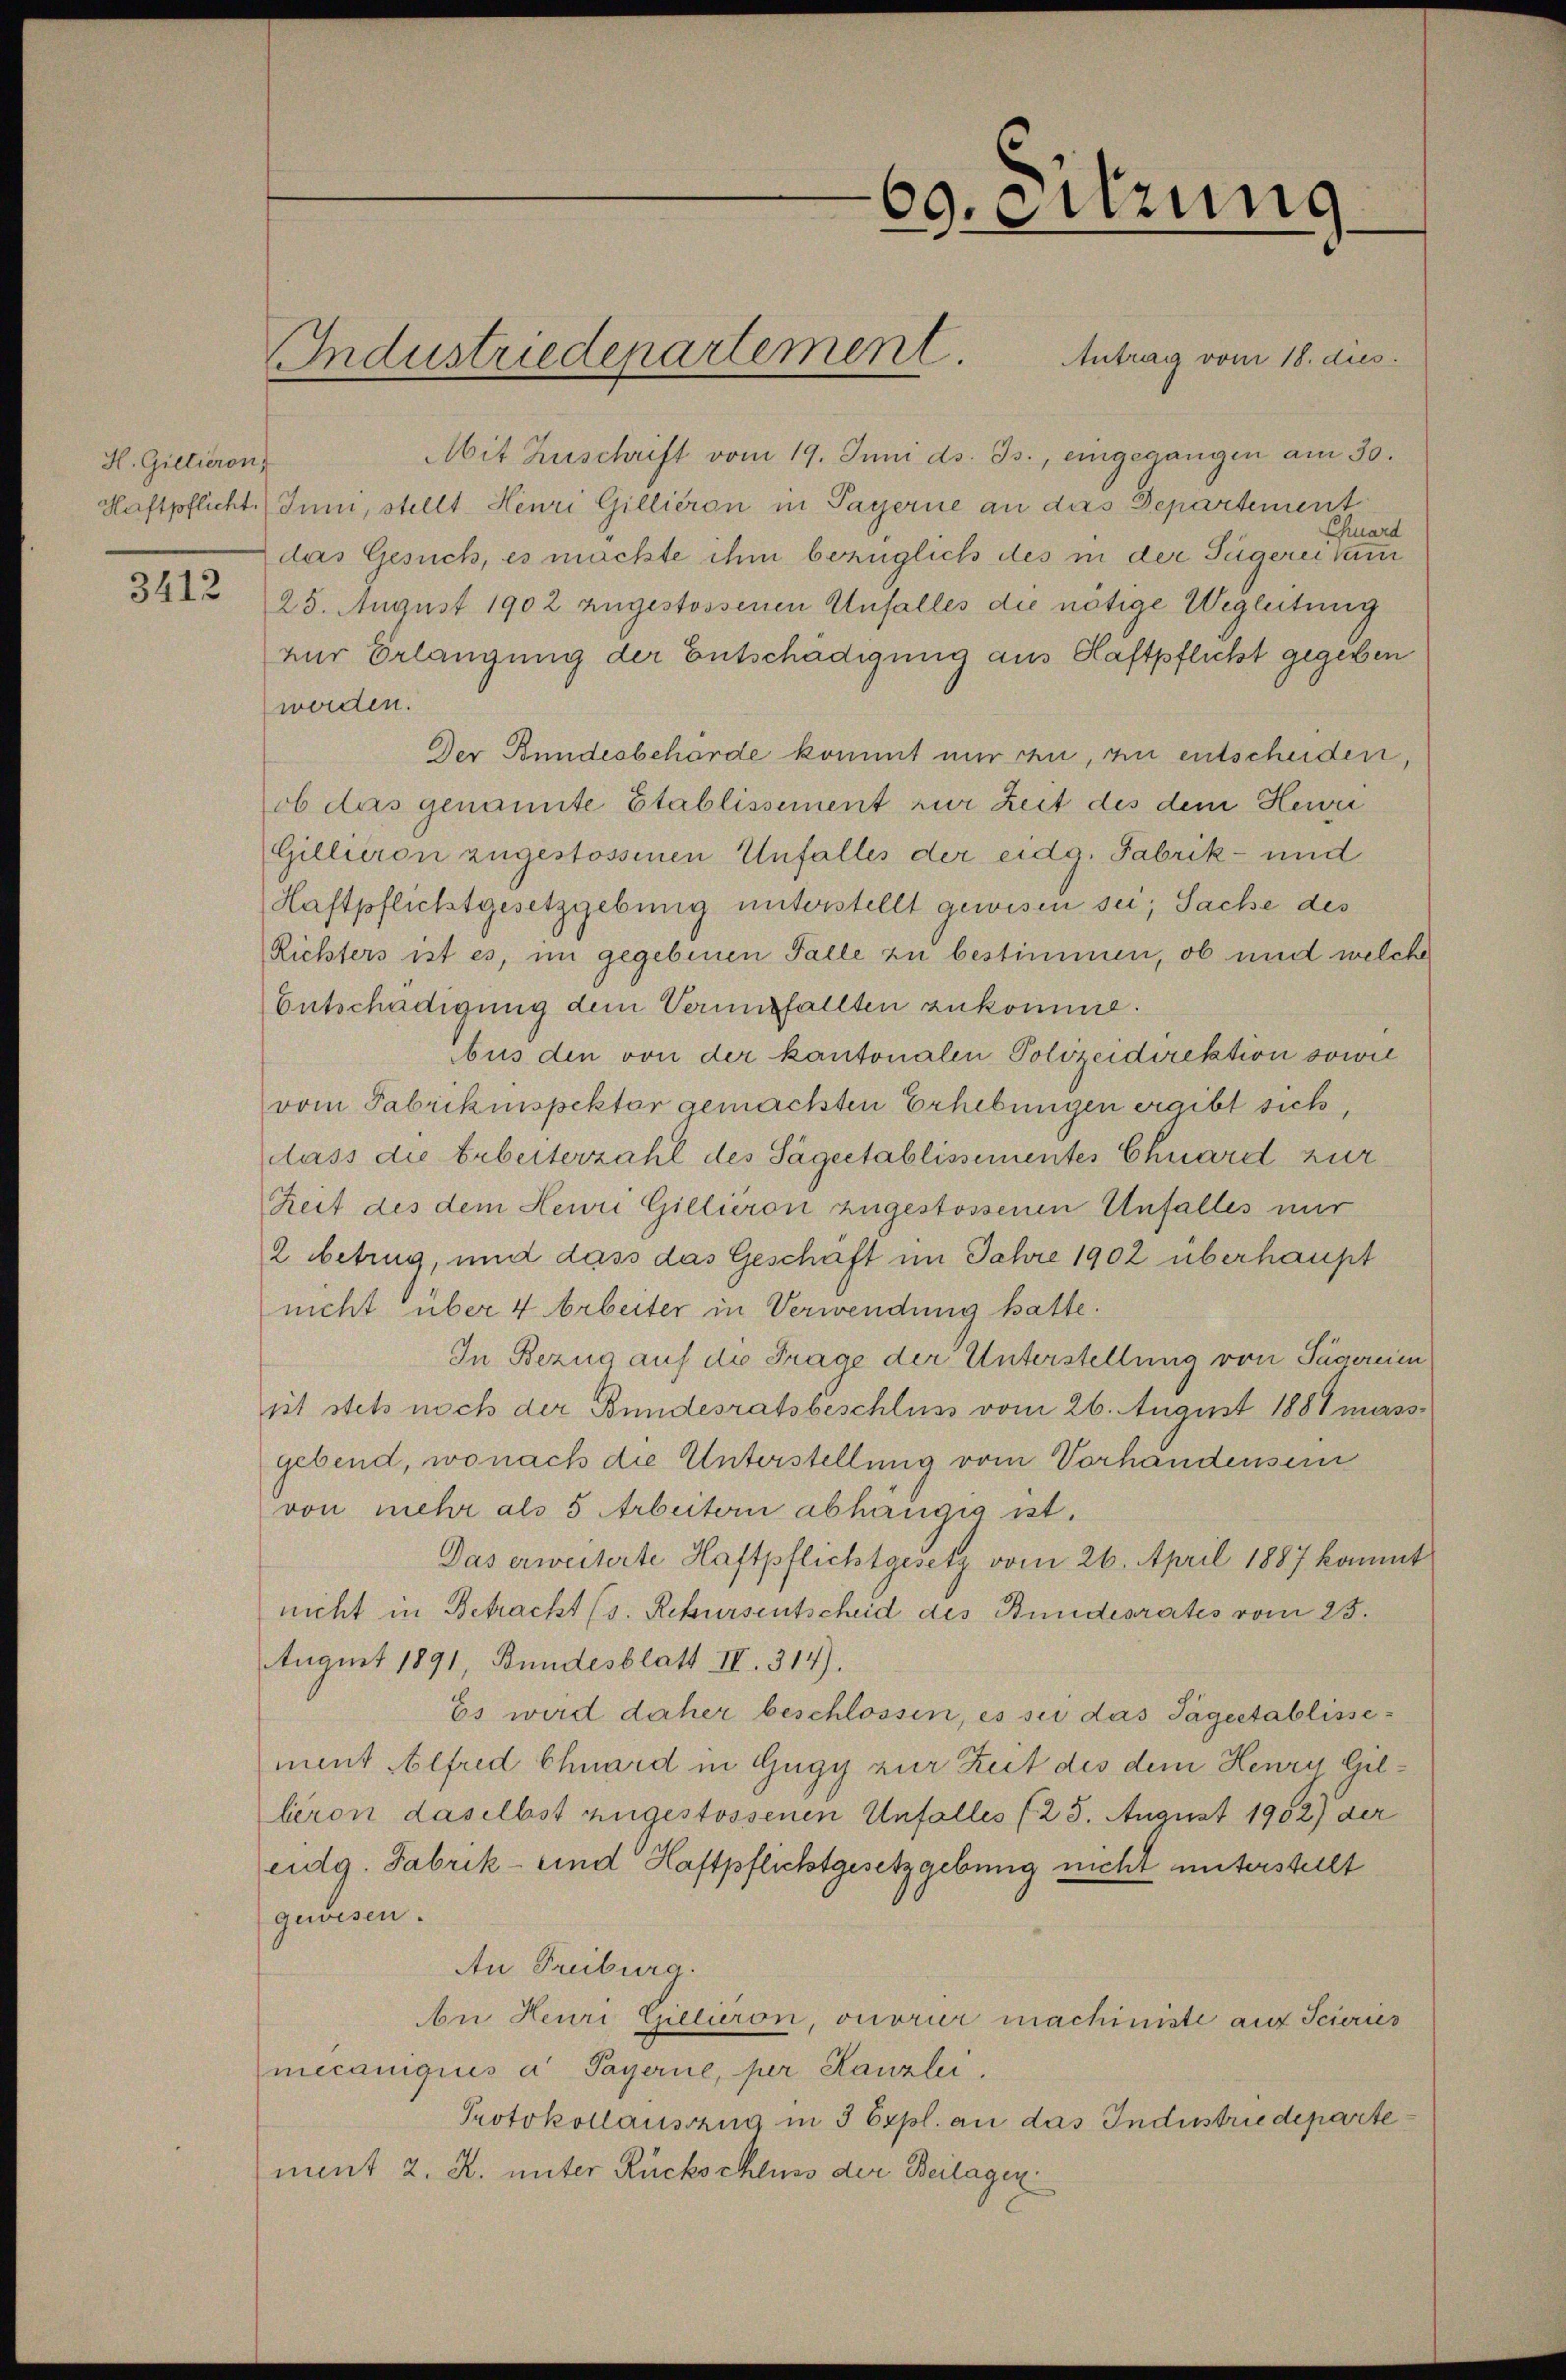
H. Gillieron,

3412

Mit Zuschrift vom 19. Juni d. Js., eingegangen am 30.
Haftpflicht. (Inni, stellt Henri Gillieron in Payerne an das Departement
Chuard
das Gesuch, es machte ihm bezüglich des in der Sägerei kam
25. August 1902 zugestossenen Unfalles die nötige Wegleitung
zur Erlangung der Entschädigung aus Haftpflicht gegeben
werden.
Der Bundesbehörde kommt nur zu, zu entscheiden,
ob das genannte Etablissement zur Zeit des dem Heuri
Gillieron zugestossenen Unfalles der eidg. Fabrik- und
Haftpflichtgesetzgebung unterstellt gewisen sei; Sache des
Richters ist es, im gegebenen Falle zu bestimmen, ob und welche
Entschädigung dem Verungfallten zukomme.
bus den von der kantonalen Polizeidirektion sowie
vom Fabrikinspektor gemachten Erhebungen ergibt sich,
lass die Erbeiterzahl des Sägeetablissementes Chuard zur
Zeit des dem Heuri Gillieron zugestossenen Unfalles mir
2 betrug, und dass das Geschaft im Jahre 1902 überhaupt
nicht über 4 Arbeiter in Verwendung hatte.
In Bezug auf die Frage der Unterstellung von Tägereien
iit stets noch der Bundesratsbeschluss vom 26. August 1881 massgebend, wonach die Unterstellung vom Vorhandensein
von mehr als 5 Arbeitern abhängig ist.
Das erweiterte Haftpflichtgesetz vom 26. April 1887 kommt
nicht in Betracht (s. Rekursentscheid des Bundesrates vom 23.
August 1891, Bundesblatt II. 314).
Es wird daher beschlossen, es sei das Jägeetablissement Alfred Chuard in Gugy zur Zeit des dem Henry Gilleron daselbst zugestossenen Unfalles (25. August 1902) der
eidg. Fabrik- und Haftpflichtgesetzgebung nicht unterstellt
gewesen.
An Freiburg.
An Heuri Gilliron, onorier machiniste auf Scieris
mecaniqués a Payerne, per Kanzlei.
Protokollauszug in 3 Expl. an das Industrie departement 2. R. unter Rückschluss der Beilagen

Industriedenartement. Antrag vom 18. dies

60. Sitzung